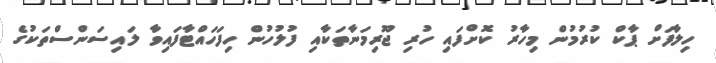
ހިލާފަށް ޕާކް ކުރުމުން މިހާރު ކޮށްފައި ހުރި ޖޫރިމަނާތަކާއި ފުލުހުން ހިފަހައްޓާފައިވާ ލައިސަންސްތަކުގެ